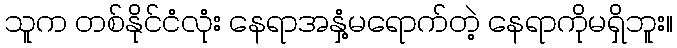
သူက တစ်နိုင်ငံလုံး နေရာအနှံ့မရောက်တဲ့ နေရာကိုမရှိဘူး။